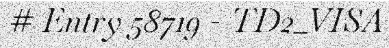
# Entry 58719 - TD2_VISA